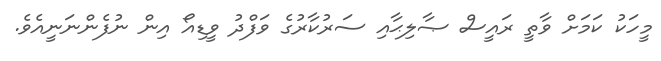
މީހަކު ކަމަށް ވާތީ ރައީސް ޞާލިޙާއި ސަރުކާރުގެ ވަފްދު ވީޑިއޯ އިން ނުފެންނަނީއެވެ.